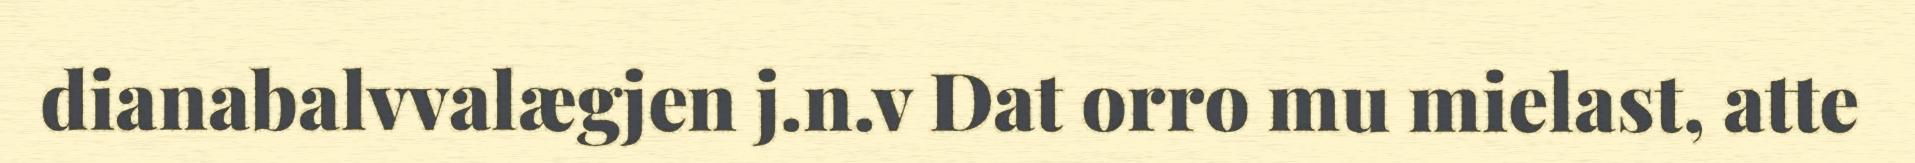
dianabalvvalægjen j.n.v Dat orro mu mielast, atte